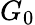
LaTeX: G_{0}